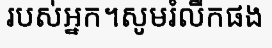
របស់អ្នក។សូមរំលឹកផង